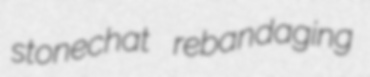
stonechat rebandaging